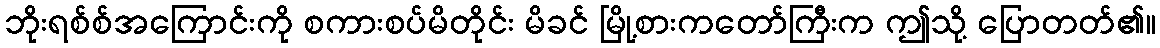
ဘိုးရစ်စ်အကြောင်းကို စကားစပ်မိတိုင်း မိခင် မြို့စားကတော်ကြီးက ဤသို့ ပြောတတ်၏။